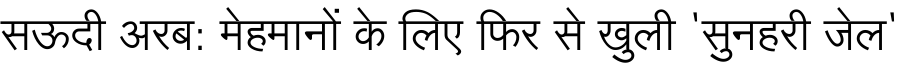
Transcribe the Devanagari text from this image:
सऊदी अरब: मेहमानों के लिए फिर से खुली 'सुनहरी जेल'